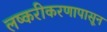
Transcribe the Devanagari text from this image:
लष्करीकरणापासून